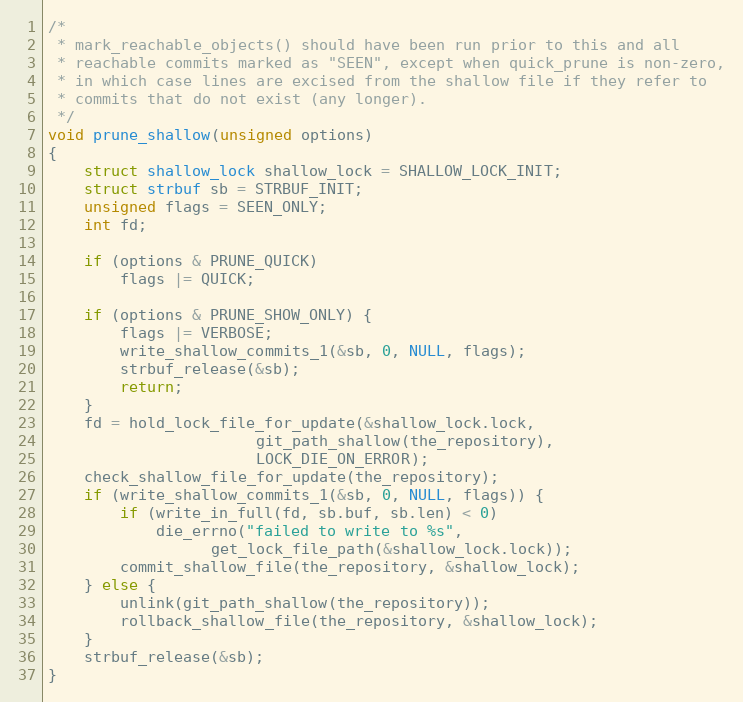
Language: C
/*
 * mark_reachable_objects() should have been run prior to this and all
 * reachable commits marked as "SEEN", except when quick_prune is non-zero,
 * in which case lines are excised from the shallow file if they refer to
 * commits that do not exist (any longer).
 */
void prune_shallow(unsigned options)
{
	struct shallow_lock shallow_lock = SHALLOW_LOCK_INIT;
	struct strbuf sb = STRBUF_INIT;
	unsigned flags = SEEN_ONLY;
	int fd;

	if (options & PRUNE_QUICK)
		flags |= QUICK;

	if (options & PRUNE_SHOW_ONLY) {
		flags |= VERBOSE;
		write_shallow_commits_1(&sb, 0, NULL, flags);
		strbuf_release(&sb);
		return;
	}
	fd = hold_lock_file_for_update(&shallow_lock.lock,
				       git_path_shallow(the_repository),
				       LOCK_DIE_ON_ERROR);
	check_shallow_file_for_update(the_repository);
	if (write_shallow_commits_1(&sb, 0, NULL, flags)) {
		if (write_in_full(fd, sb.buf, sb.len) < 0)
			die_errno("failed to write to %s",
				  get_lock_file_path(&shallow_lock.lock));
		commit_shallow_file(the_repository, &shallow_lock);
	} else {
		unlink(git_path_shallow(the_repository));
		rollback_shallow_file(the_repository, &shallow_lock);
	}
	strbuf_release(&sb);
}